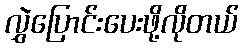
လွှဲပြောင်းပေးဖို့လိုတယ်